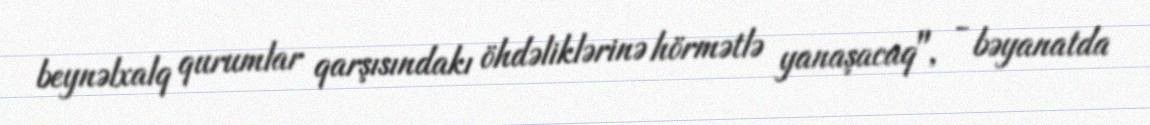
beynəlxalq qurumlar qarşısındakı öhdəliklərinə hörmətlə yanaşacaq", - bəyanatda